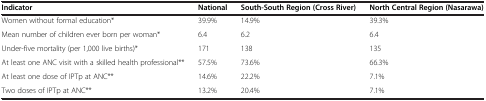
<table><thead><tr><td><b>Indicator</b></td><td><b>National</b></td><td><b>South-South Region (Cross River)</b></td><td><b>North Central Region (Nasarawa)</b></td></tr></thead><tbody><tr><td>Women without formal education*</td><td>39.9%</td><td>14.9%</td><td>39.3%</td></tr><tr><td>Mean number of children ever born per woman*</td><td>6.4</td><td>6.2</td><td>6.4</td></tr><tr><td>Under-five mortality (per 1,000 live births)*</td><td>171</td><td>138</td><td>135</td></tr><tr><td>At least one ANC visit with a skilled health professional**</td><td>57.5%</td><td>73.6%</td><td>66.3%</td></tr><tr><td>At least one dose of IPTp at ANC**</td><td>14.6%</td><td>22.2%</td><td>7.1%</td></tr><tr><td>Two doses of IPTp at ANC**</td><td>13.2%</td><td>20.4%</td><td>7.1%</td></tr></tbody></table>